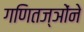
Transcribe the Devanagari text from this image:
गणितज्ञोंने